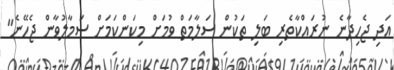
އަދި ޖެހިދާނެ ނުރައްކާތެރި ބަލި ތަކުން ސަލާމަތް ވުމަށް މިކަންކަމަށް ސަމާލުވާން ޖެހޭނެ"